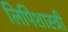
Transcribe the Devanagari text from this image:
लिपिशास्त्री